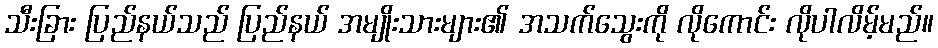
သီးခြား ပြည်နယ်သည် ပြည်နယ် အမျိုးသားများ၏ အသက်သွေးကို လိုကောင်း လိုပါလိမ့်မည်။